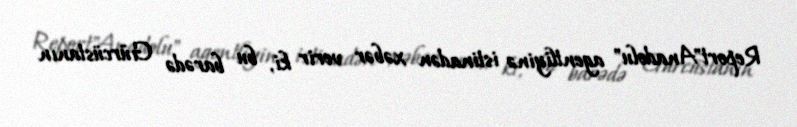
Report"Anadolu" agentliyinə istinadən xəbər verir ki, bu barədə Gürcüstanın